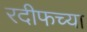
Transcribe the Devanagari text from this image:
रदीफच्या